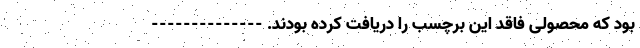
بود که محصولی فاقد این برچسب را دریافت کرده بودند. --------------